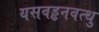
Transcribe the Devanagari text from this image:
यसवड्ढनवत्थु